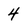
Character: 4